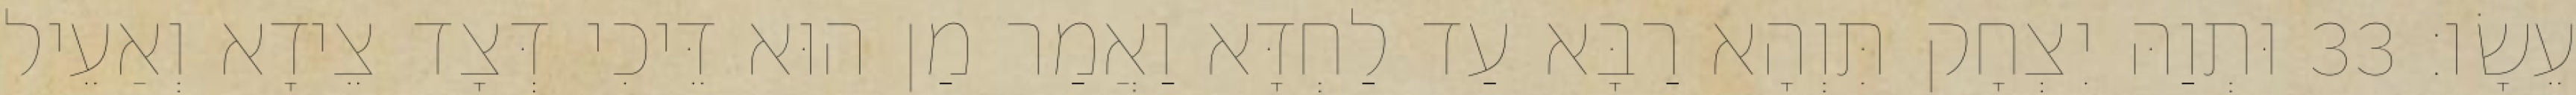
עֵשָׂו׃ 33 וּתְוַהּ יִצְחָק תִּוְהָא רַבָּא עַד לַחְדָּא וַאֲמַר מַן הוּא דֵּיכִי דְּצָד צֵידָא וְאַעֵיל